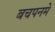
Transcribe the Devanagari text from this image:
बचपनमे